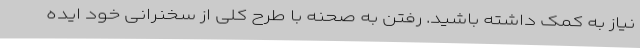
نیاز به کمک داشته باشید. رفتن به صحنه با طرح کلی از سخنرانی خود ایده